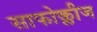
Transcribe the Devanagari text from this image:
साफोक्लीज